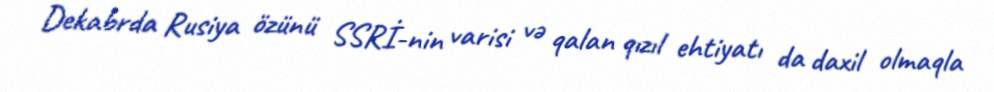
Dekabrda Rusiya özünü SSRİ-nin varisi və qalan qızıl ehtiyatı da daxil olmaqla